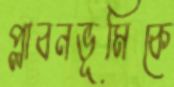
প্লাবনভূমিকে